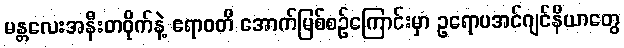
မန္တလေးအနီးတဝိုက်နဲ့ ဧရာဝတီ အောက်မြစ်စဉ်ကြောင်းမှာ ဥရောပအင်ဂျင်နီယာတွေ